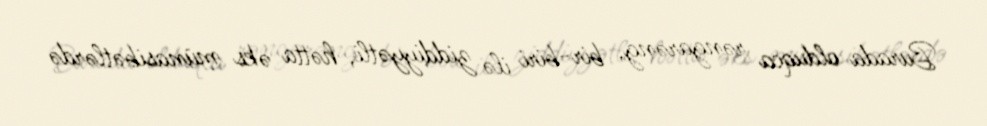
Burada olduqca rəngarəng, bir-biri ilə ziddiyyətli, hətta əks münasibətlərdə